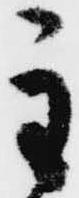
主